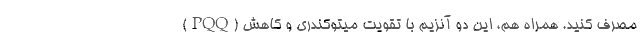
(PQQ) مصرف کنید. همراه هم، این دو آنزیم با تقویت میتوکندری و کاهش